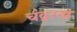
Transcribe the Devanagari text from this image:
चंद्ररख